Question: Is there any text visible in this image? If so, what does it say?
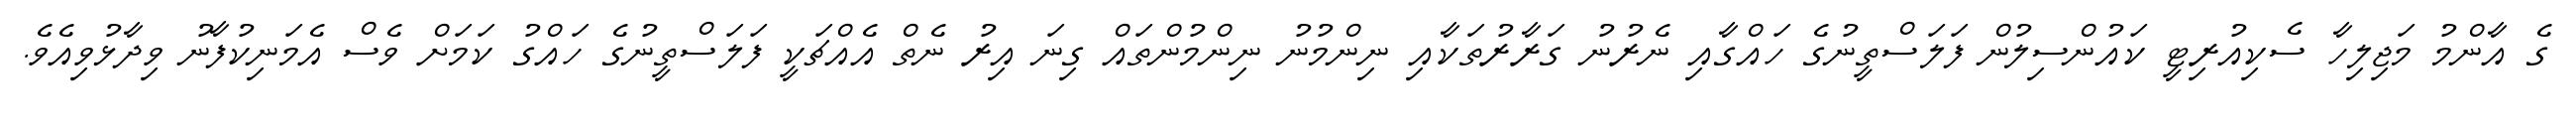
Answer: ގެ އާންމު މަޖިލިހާ ސެކިއުރިޓީ ކައުންސިލުން ފަލަސްތީނުގެ ހައްގާއި ނެރުނު ގަރާރުތަކާއި ނިންމުނު ނިންމުންތައް ގިނަ އިރު ނެތް އެއްޗަކީ ފަލަސްތީނުގެ ހައްގު ކަމަށް ވެސް އެމަނިކުފާނު ވިދާޅުވިއެވެ.